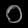
Digit: ၀